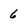
Character: 6